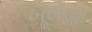
ખૂલણા